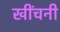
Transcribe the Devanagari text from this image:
खींचनी